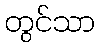
တွင်သာ